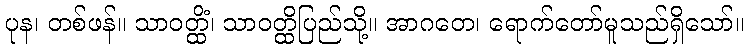
ပုန၊ တစ်ဖန်။ သာဝတ္ထိံ၊ သာဝတ္ထိပြည်သို့။ အာဂတေ၊ ရောက်တော်မူသည်ရှိသော်။